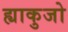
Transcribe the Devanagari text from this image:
ह्याकुजो